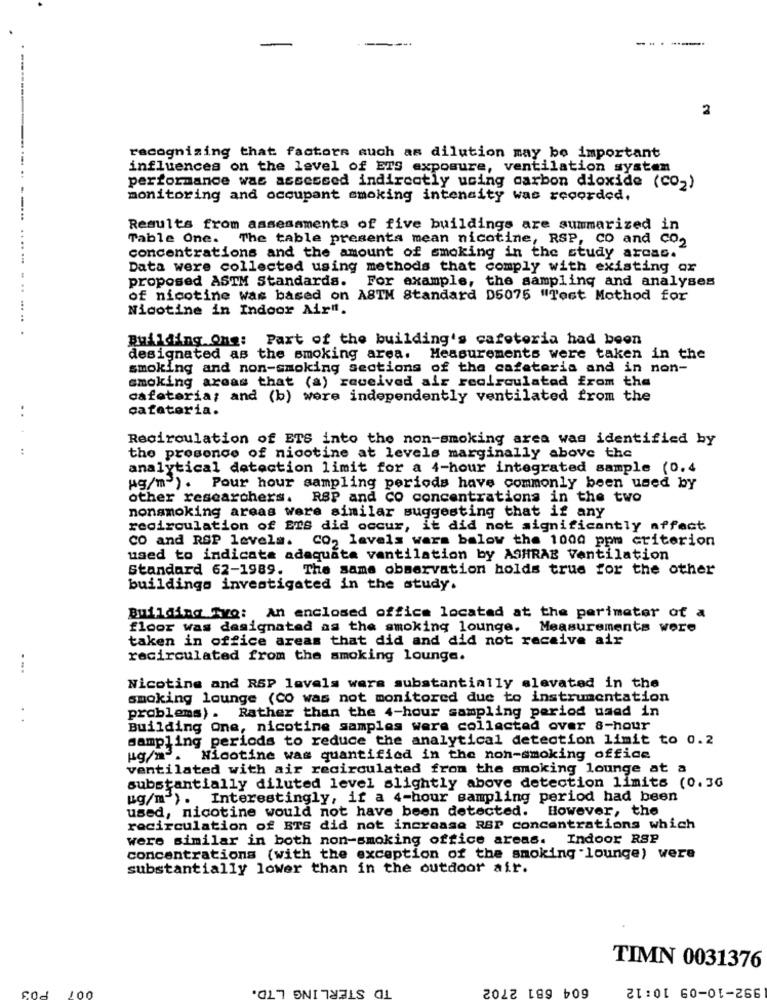
--
2
recognizing that factors auch as dilution may be important
influences on the level of ETS exposure, ventilation system
performance was accessed indirectly using carbon dioxide (CO-)
monitoring and occupant smoking intensity was recorded.
Results from assessments of five buildings are summarized in
Table One. The table presenta mean nicotine, RSP, CO and Co2
concentrations and the amount of smoking in the study arcac.
Data were collected using methods that comply with existing or
proposed ASTM Standards. For example, the sampling and analyses
of nicotine was based on ASTM Standard D5075 "Tost Mothod for
Nicotine in Indoor Air".
Building One: Part of the building's cafeteria had been
designated as the smoking area. Measurements were taken in the
smoking and non-smoking sections of the cafeteria and in non-
smoking areas that (a) received air recirculated from the
cafeteria; and (b) were independently ventilated from the
..
cafeteria.
Recirculation of ETS into the non-smoking area was identified by
the presence of nicotine at levels marginally above the
analytical detection limit for a 4-hour integrated sample (0.4
Ag/m ). Pour hour sampling periods have commonly been used by
other researchers. RSP and CO concentrations in the two
nonsmoking areas were similar suggesting that if any
recirculation of ETS did occur, it did not significantly affect
CO and RSP levels. CO2 levels wars below the 1000 ppm criterion
used to indicate adequate ventilation by ASHRAE Ventilation
Standard 62-1989. The same observation holds true for the other
buildings investigated in the study.
Building TvQ: An enclosed office located at the perimeter of a
floor was designated as the smoking lounge. Measurements were
taken in office areas that did and did not receive air
recirculated from the smoking lounge.
...
Nicotine and RSP levels wars substantially elevated in the
smoking lounge (CO was not monitored due to instrumentation
problems) . Rather than the 4-hour sampling period used in
Building One, nicotine samples were collected over &-hour
sampling periods to reduce the analytical detection limit to 0.2
Nicotine was quantified in the non-smoking office
ventilated with air recirculated from the smoking lounge at a
substantially diluted level slightly above detection limits (0.36
kg/m"). Interestingly, if a 4-hour sampling period had been
used, nicotine would not have been detected. However, the
recirculation of BTS did not increase RSP concentrations which
were similar in both non-smoking office areas. Indoor RSP
concentrations (with the exception of the smoking lounge) were
substantially lower than in the outdoor air.
TIMN 0031376
TD STERLING LTD.
604 681 2702
992-10-09 10:12